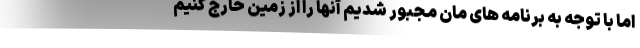
اما با توجه به برنامه های مان مجبور شدیم آنها را از زمین خارج کنیم